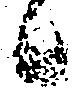
候